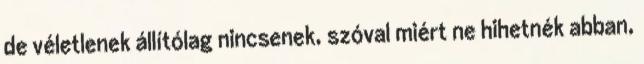
de véletlenek állítólag nincsenek, szóval miért ne hihetnék abban,